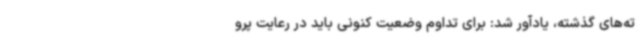
ته‌های گذشته، یادآور شد: برای تداوم وضعیت کنونی باید در رعایت پرو